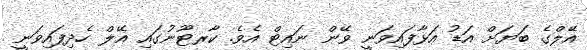
އޭލްގެ ބަޔަށް އަޑު އަޅާފައިވަނީ ވޭން ނައިޓް އެވެ. ކާރޓޫނުގައި އޭލް ހެދިފައިވަނީ